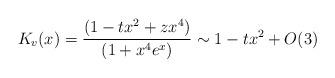
LaTeX: \begin{align*}K_{v}(x)=\frac{(1-tx^{2}+zx^{4})}{(1+x^{4}e^{x})}\sim 1-tx^{2}+O(3)\end{align*}